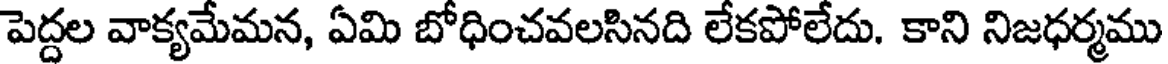
పెద్దల వాక్యమేమన, ఏమి బోధించవలసినది లేకపోలేదు. కాని నిజధర్మము